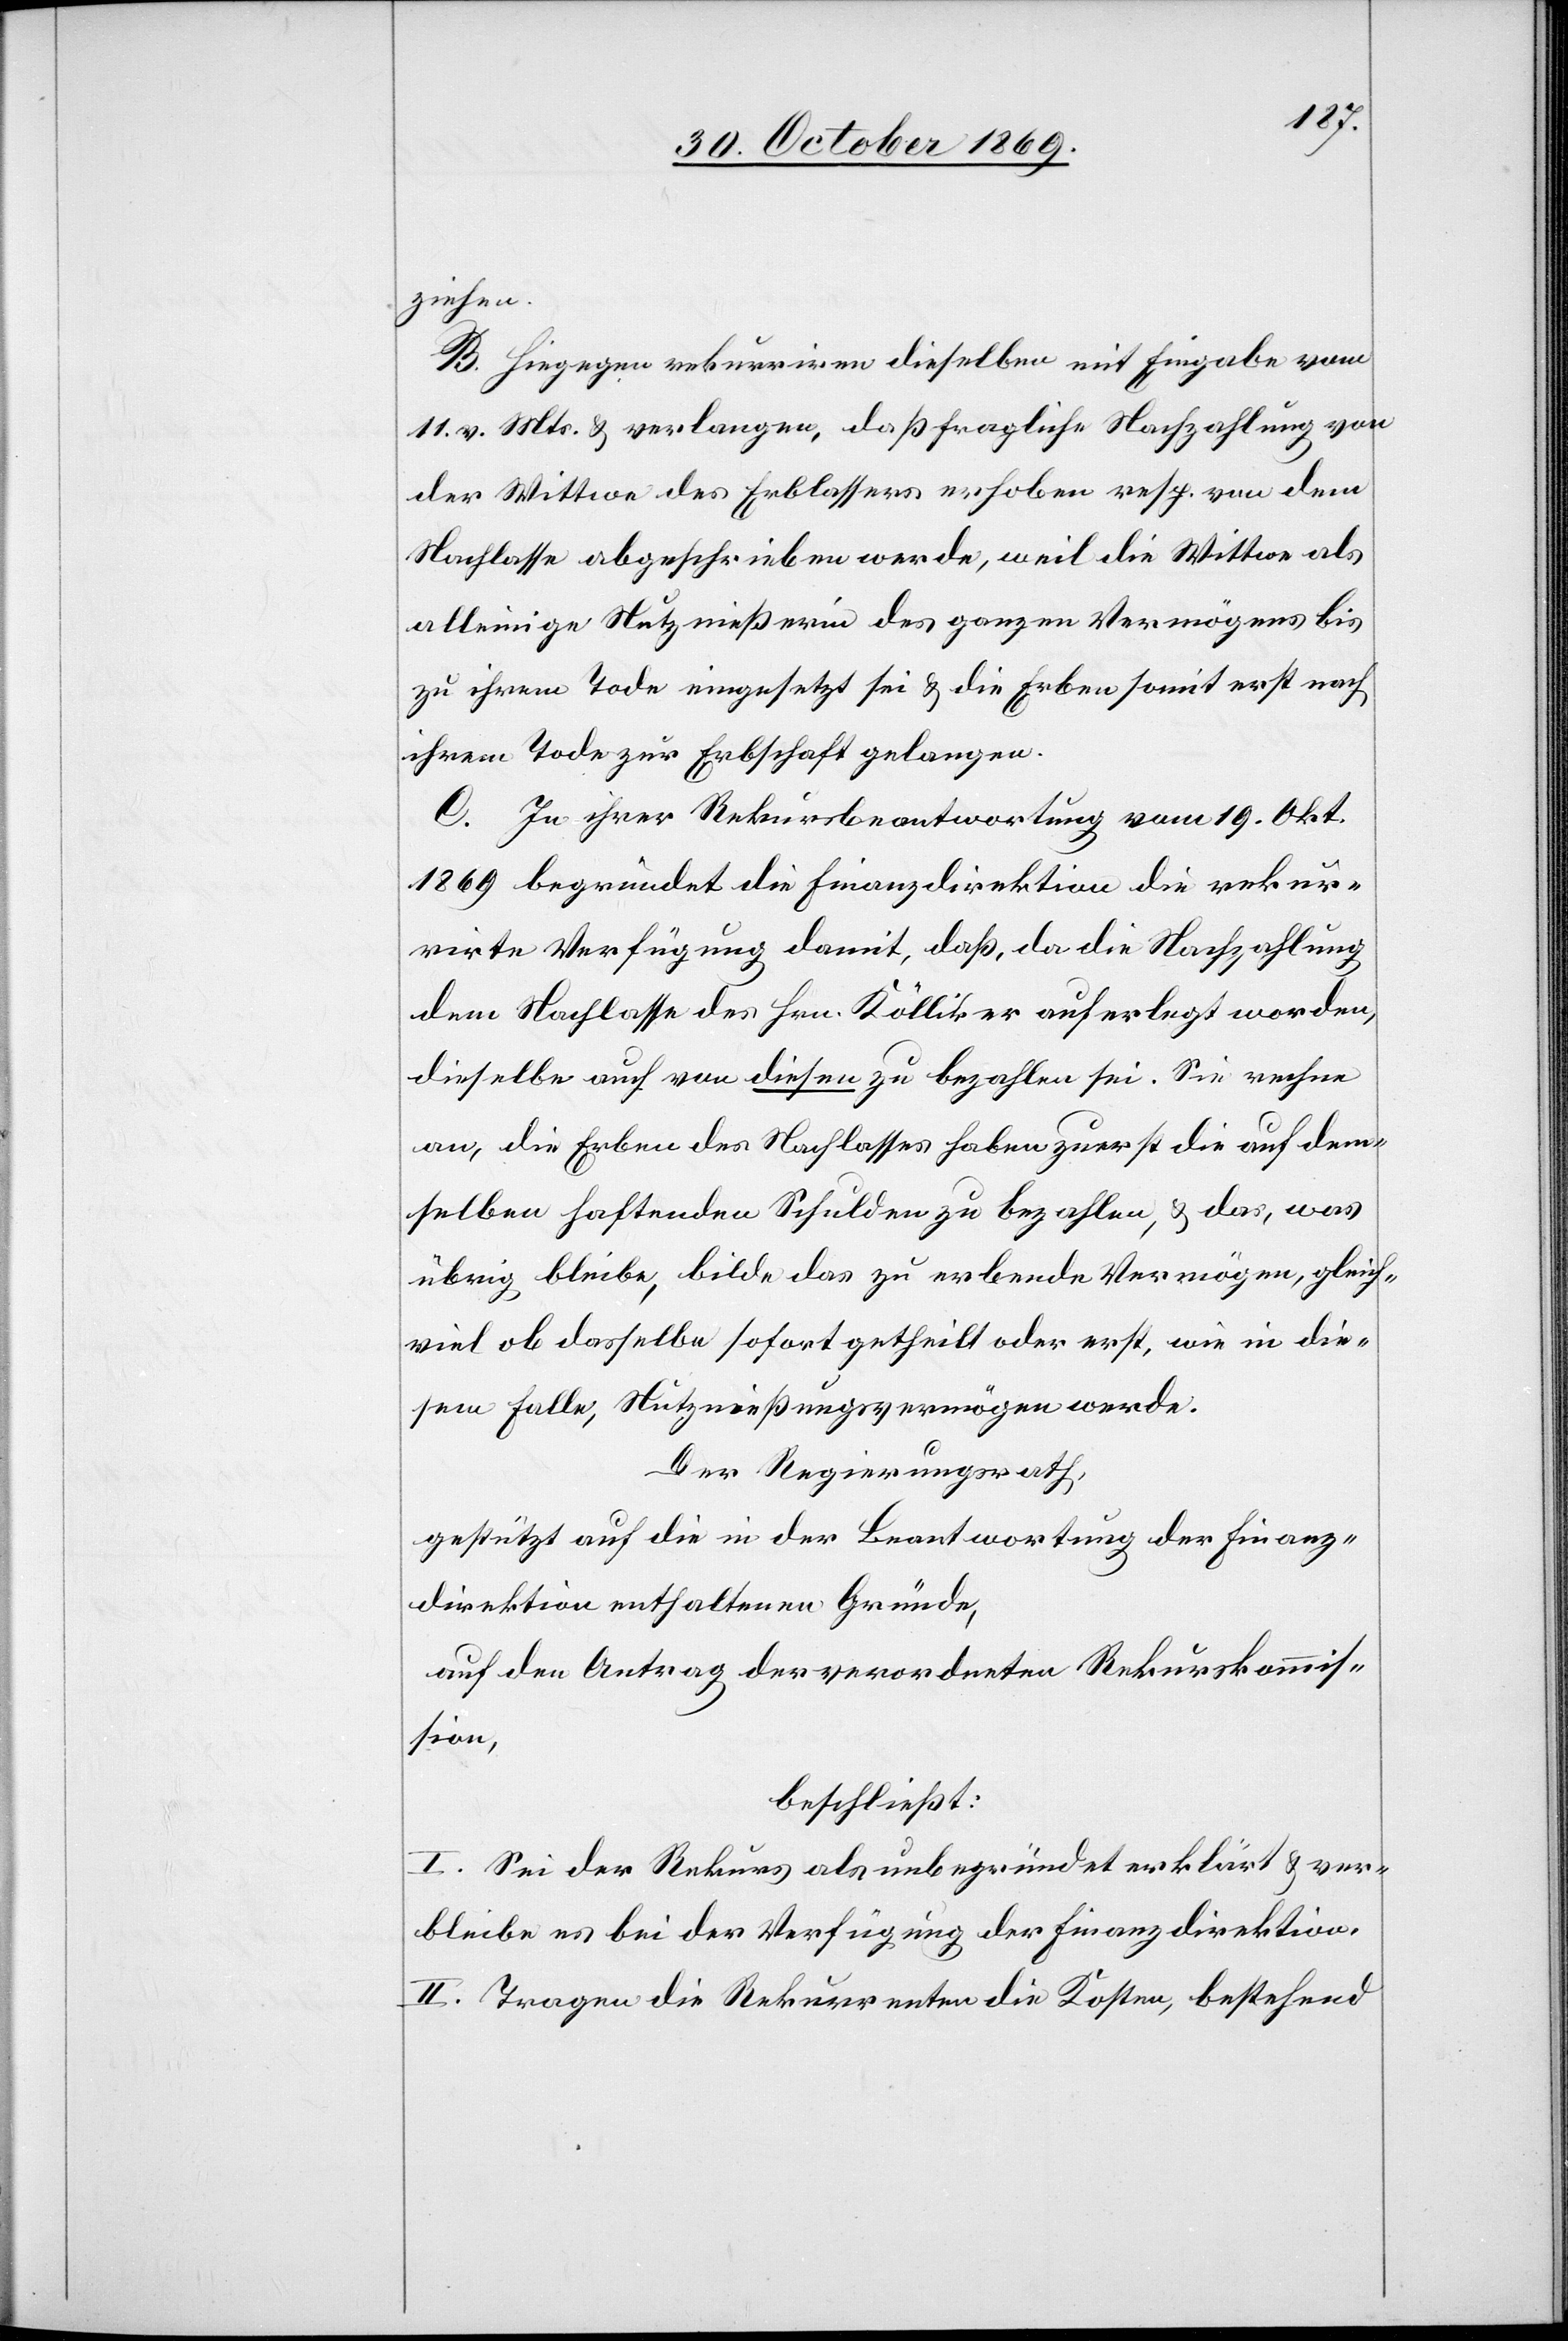
ziehen.
B. Hiegegen rekurriren dieselben mit Eingabe vom
11. v. Mts. & verlangen, daß fragliche Nachzahlung von
der Wittwe des Erblassers erhoben resp. von dem
Nachlasse abgeschrieben werde, weil die Wittwe als
alleinige Nutznießerin des ganzen Vermögens bis
zu ihrem Tode eingesetzt sei & die Erben somit erst nach
ihrem Tode zur Erbschaft gelangen.
C. In ihrer Rekursbeantwortung vom 19. Okt.
1869 begründet die Finanzdirektion die rekur¬
rirte Verfügung damit, daß, da die Nachzahlung
dem Nachlasse des Hrn. Kölliker auferlegt worden,
dieselbe auch von diesen zu bezahlen sei. Sie rechne
an, die Erben des Nachlasses haben zuerst die auf dem¬
selben haftenden Schulden zu bezahlen, & das, was
übrig bleibe, bilde das zu erbende Vermögen, gleich¬
viel ob dasselbe sofort getheilt oder erst, wie in die¬
sem Falle, Nutznießungsvermögen werde.
Der Regierungsrath,
gestützt auf die in der Beantwortung der Finanz¬
direktion enthaltenen Gründe,
auf den Antrag der verordneten Rekurskommis¬
sion,
beschließt:
I. Sei der Rekurs als unbegründet erklärt & ver¬
bleibe es bei der Verfügung der Finanzdirektion.
II. Tragen die Rekurrenten die Kosten, bestehend